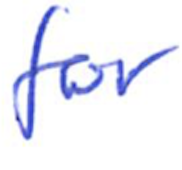
Text: for
Cross-out: clean
Writing tool: ballpoint